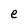
Character: e